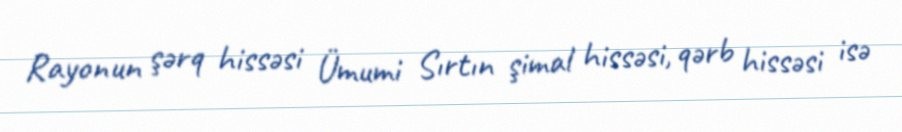
Rayonun şərq hissəsi Ümumi Sırtın şimal hissəsi, qərb hissəsi isə